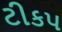
ટીકપ